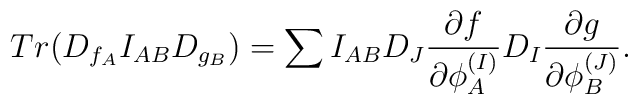
Tr(D_{f_A}I_{AB}D_{g_B})=\sum I_{AB}D_J{{\partial f}\over{\partial\phi_A^{(I)}}}D_I {{\partial g}\over{\partial\phi_B^{(J)}}}.